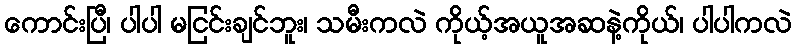
ကောင်းပြီ၊ ပါပါ မငြင်းချင်ဘူး၊ သမီးကလဲ ကိုယ့်အယူအဆနဲ့ကိုယ်၊ ပါပါကလဲ